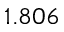
1 . 8 0 6